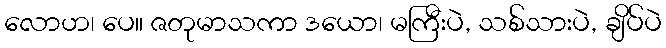
လောဟ၊ ပေ။ ဇတုမာသကာ ဒယော၊ မကြီးပဲ, သစ်သားပဲ, ချိပ်ပဲ